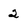
Character: 2